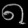
Digit: ၈